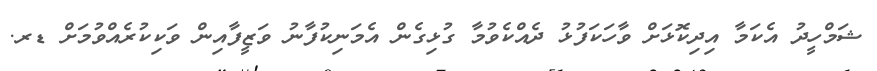
ޝަމްހީދު އެކަމާ އިދިކޮޅަށް ވާހަކަފުޅު ދެއްކެވުމާ ގުޅިގެން އެމަނިކުފާނު ވަޒީފާއިން ވަކިކުރެއްވުމަށް ޑރ.